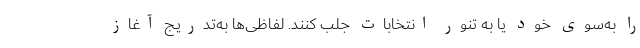
را به‌سوی خود یا به تنور انتخابات جلب کنند. لفاظی‌ها به‌تدریج آغاز